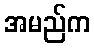
အမည်က